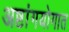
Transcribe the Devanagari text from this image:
अष्टांगयोगात